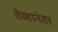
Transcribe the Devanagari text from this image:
तेव्हानंतर